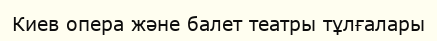
Киев опера және балет театры тұлғалары